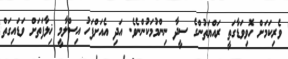
ވެރިކަމަށް ހޮވިވަޑާގަތީ ރައްޔަތުންގެ ސީދާ ނިންމުމަކުންނެވެ. އަދި އެއަށްފަހު އިސްލާމީ ޚިލާފަތަށް ވަޑައިގަތް